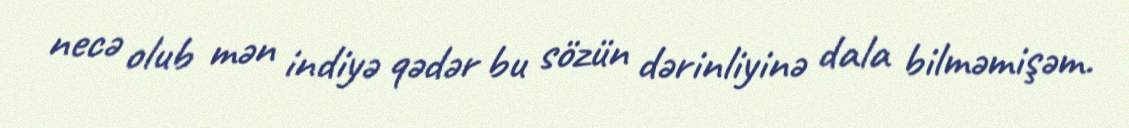
necə olub mən indiyə qədər bu sözün dərinliyinə dala bilməmişəm.